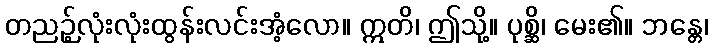
တညဉ့်လုံးလုံးထွန်းလင်းအံ့လော။ ဣတိ၊ ဤသို့။ ပုစ္ဆိ၊ မေး၏။ ဘန္တေ၊